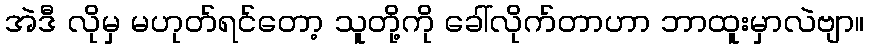
အဲဒီ လိုမှ မဟုတ်ရင်တော့ သူတို့ကို ခေါ်လိုက်တာဟာ ဘာထူးမှာလဲဗျာ။